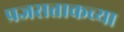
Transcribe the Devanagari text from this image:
प्रजसत्ताकच्या